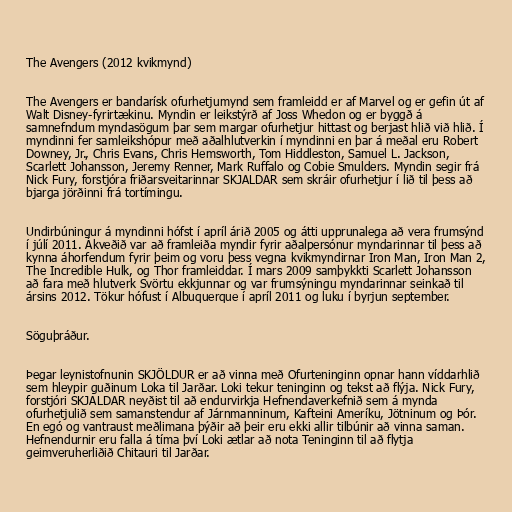
The Avengers (2012 kvikmynd)

The Avengers er bandarísk ofurhetjumynd sem framleidd er af Marvel og er gefin út af
Walt Disney-fyrirtækinu. Myndin er leikstýrð af Joss Whedon og er byggð á
samnefndum myndasögum þar sem margar ofurhetjur hittast og berjast hlið við hlið. Í
myndinni fer samleikshópur með aðalhlutverkin í myndinni en þar á meðal eru Robert
Downey, Jr., Chris Evans, Chris Hemsworth, Tom Hiddleston, Samuel L. Jackson,
Scarlett Johansson, Jeremy Renner, Mark Ruffalo og Cobie Smulders. Myndin segir frá
Nick Fury, forstjóra friðarsveitarinnar SKJALDAR sem skráir ofurhetjur í lið til þess að
bjarga jörðinni frá tortímingu.

Undirbúningur á myndinni hófst í apríl árið 2005 og átti upprunalega að vera frumsýnd
í júlí 2011. Ákveðið var að framleiða myndir fyrir aðalpersónur myndarinnar til þess að
kynna áhorfendum fyrir þeim og voru þess vegna kvikmyndirnar Iron Man, Iron Man 2,
The Incredible Hulk, og Thor framleiddar. Í mars 2009 samþykkti Scarlett Johansson
að fara með hlutverk Svörtu ekkjunnar og var frumsýningu myndarinnar seinkað til
ársins 2012. Tökur hófust í Albuquerque í apríl 2011 og luku í byrjun september.

Söguþráður.

Þegar leynistofnunin SKJÖLDUR er að vinna með Ofurteninginn opnar hann víddarhlið
sem hleypir guðinum Loka til Jarðar. Loki tekur teninginn og tekst að flýja. Nick Fury,
forstjóri SKJALDAR neyðist til að endurvirkja Hefnendaverkefnið sem á mynda
ofurhetjulið sem samanstendur af Járnmanninum, Kafteini Ameríku, Jötninum og Þór.
En egó og vantraust meðlimana þýðir að þeir eru ekki allir tilbúnir að vinna saman.
Hefnendurnir eru falla á tíma því Loki ætlar að nota Teninginn til að flytja
geimveruherliðið Chitauri til Jarðar.